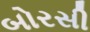
બોરસી